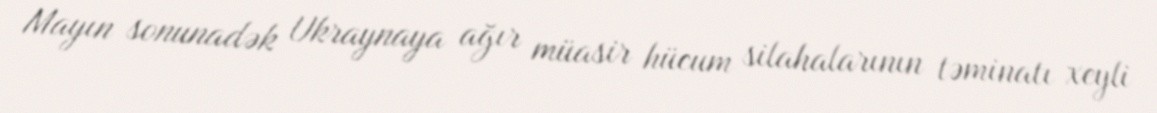
Mayın sonunadək Ukraynaya ağır müasir hücum silahalarının təminatı xeyli